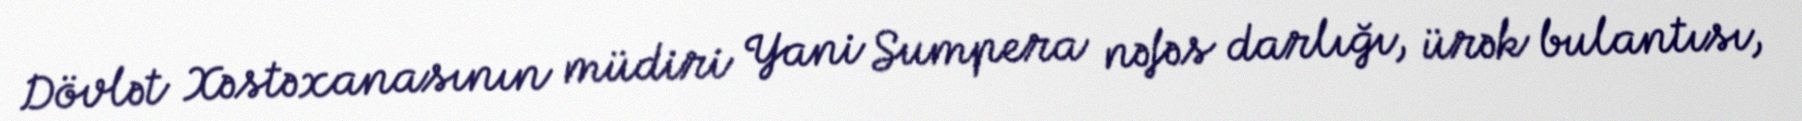
Dövlət Xəstəxanasının müdiri Yani Sumpera nəfəs darlığı, ürək bulantısı,